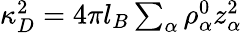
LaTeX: \begin{array}{r}{\kappa_{D}^{2}=4\pi l_{B}\sum_{\alpha}\rho_{\alpha}^{0}z_{\alpha}^{2}}\end{array}